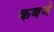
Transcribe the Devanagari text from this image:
कबजे